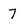
Character: 7